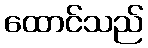
ထောင်သည်